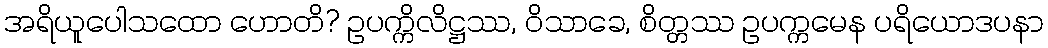
အရိယူပေါသထော ဟောတိ? ဥပက္ကိလိဋ္ဌဿ, ဝိသာခေ, စိတ္တဿ ဥပက္ကမေန ပရိယောဒပနာ